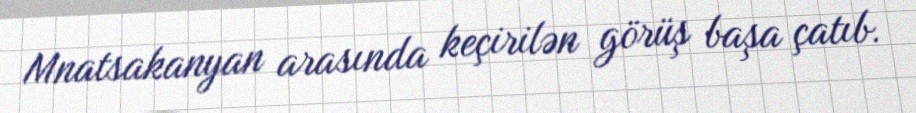
Mnatsakanyan arasında keçirilən görüş başa çatıb.